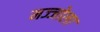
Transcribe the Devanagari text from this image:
मज्जोला